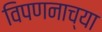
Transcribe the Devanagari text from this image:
विपणनाच्या